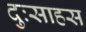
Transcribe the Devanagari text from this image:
दुःसाहस